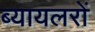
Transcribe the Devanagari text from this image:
ब्यायलरों